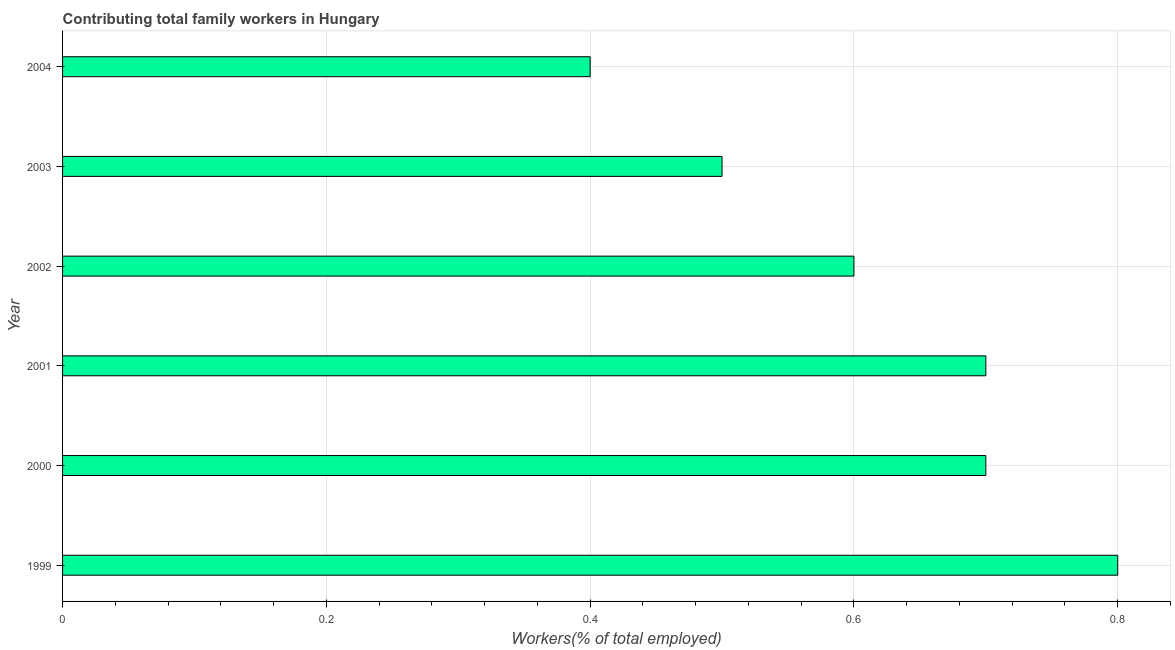
| Year | Contributing family workers |
 | --- | --- |
 | 1999 | 0.8 |
 | 2000 | 0.7 |
 | 2001 | 0.7 |
 | 2002 | 0.6 |
 | 2003 | 0.5 |
 | 2004 | 0.4 |